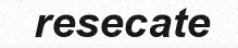
resecate